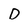
Character: D